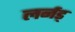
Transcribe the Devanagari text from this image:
लर्नड्